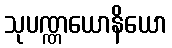
သုပဏ္ဏယောနိယော